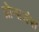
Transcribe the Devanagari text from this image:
प्रोनाउंस